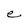
Character: e